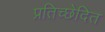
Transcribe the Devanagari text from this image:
प्रतिच्छेदित